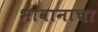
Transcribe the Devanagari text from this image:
भावानाचा